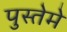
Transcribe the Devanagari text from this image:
पुस्तेमे